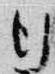
行